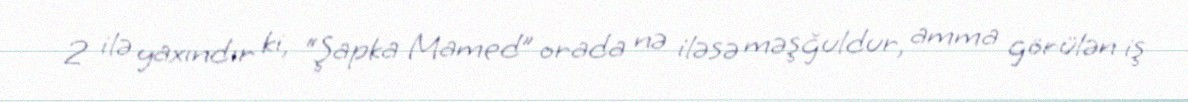
2 ilə yaxındır ki, “Şapka Mamed” orada nə iləsə məşğuldur, amma görülən iş